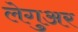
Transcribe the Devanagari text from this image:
लेगुअर